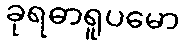
ခုရဓာရူပမော